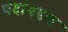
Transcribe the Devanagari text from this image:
पदांबद्दल